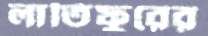
লাতিফুরের